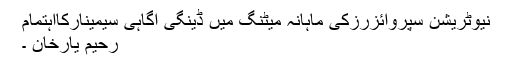
نیوٹریشن سپروائزرزکی ماہانہ میٹنگ میں ڈینگی آگاہی سیمینارکااہتمام
رحیم یارخان ۔